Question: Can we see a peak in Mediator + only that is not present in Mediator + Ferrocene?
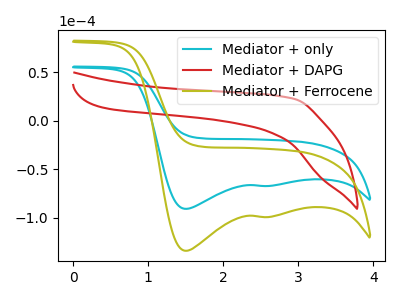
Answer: <think>The cyan curve "Mediator + only" has cathodic peaks at (1.50V, -90.95uA) (2.50V, -67.30uA). The red curve "Mediator + DAPG" has no peaks. The olive curve "Mediator + Ferrocene" has cathodic peaks at (1.50V, -134.30uA) (2.50V, -99.40uA).
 All the peaks in "Mediator + only" have a peak in "Mediator + Ferrocene" at the same potential. Every peak in "Mediator + only" is lower than every peak in "Mediator + Ferrocene".</think>
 <answer>No, "Mediator + only" and "Mediator + Ferrocene" don't appear to be significantly different in shape</answer>
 <eval>no_change</eval>